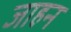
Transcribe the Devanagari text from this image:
जाहन